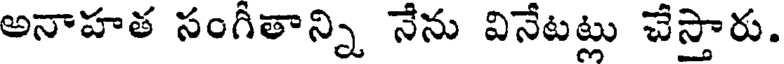
అనాహత సంగీతాన్ని నేను వినేటట్లు చేస్తారు.